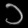
Digit: ၁